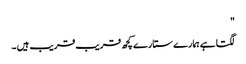
"
لگتا ہے ہمارے ستارے کچھ قریب قریب ہیں ۔